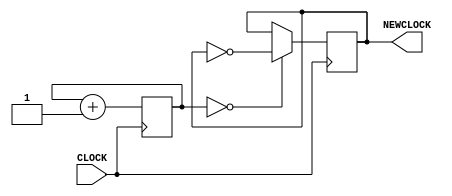
`timescale 1ns / 1ps
//////////////////////////////////////////////////////////////////////////////////
// Company: 
// Engineer: 
// 
// Design Name: 
// Module Name: clk6p25m
// Project Name: 
// Target Devices: 
// Tool Versions: 
// Description: 
// 
// Dependencies: 
// 
// Revision:
// Revision 0.01 - File Created
// Additional Comments:
// 
//////////////////////////////////////////////////////////////////////////////////


module clk6p25m(
    input CLOCK,
    output reg NEWCLOCK = 0
    );
    
    reg [2:0] COUNT = 3'b0;
    
    always @ (posedge CLOCK) begin
        COUNT <= COUNT + 1;
    if (COUNT == 3'b000) begin
        NEWCLOCK = ~NEWCLOCK;
    end
    end
  
endmodule